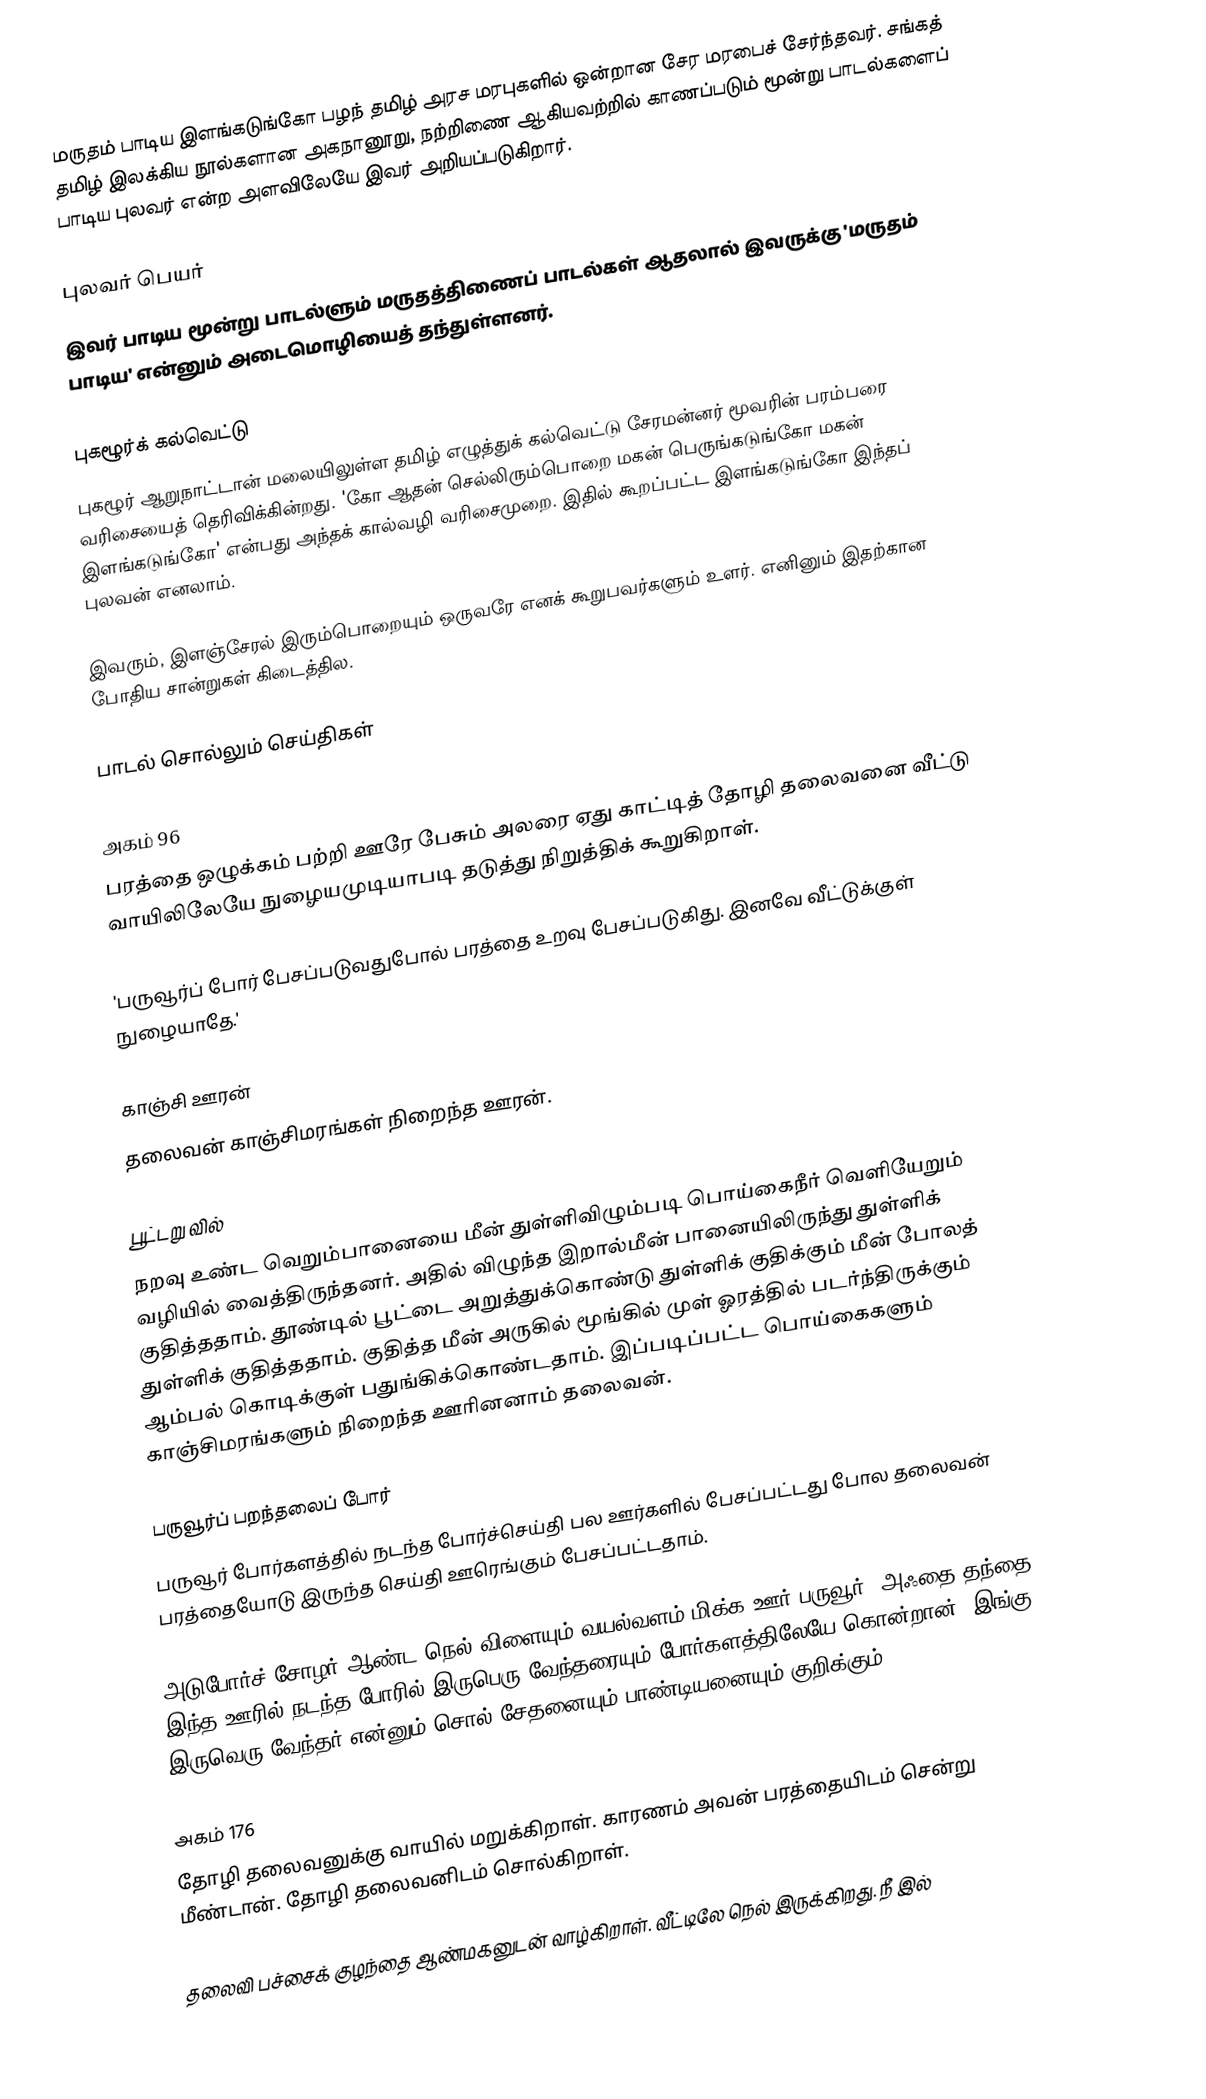
மருதம் பாடிய இளங்கடுங்கோ பழந் தமிழ் அரச மரபுகளில் ஒன்றான சேர மரபைச் சேர்ந்தவர். சங்கத் தமிழ் இலக்கிய நூல்களான அகநானூறு, நற்றிணை ஆகியவற்றில் காணப்படும் மூன்று பாடல்களைப் பாடிய புலவர் என்ற அளவிலேயே இவர் அறியப்படுகிறார்.

புலவர் பெயர்
இவர் பாடிய மூன்று பாடல்ளும் மருதத்திணைப் பாடல்கள் ஆதலால் இவருக்கு 'மருதம் பாடிய' என்னும் அடைமொழியைத் தந்துள்ளனர்.

புகழூர்க் கல்வெட்டு
புகழூர் ஆறுநாட்டான் மலையிலுள்ள தமிழ் எழுத்துக் கல்வெட்டு சேரமன்னர் மூவரின் பரம்பரை வரிசையைத் தெரிவிக்கின்றது. 'கோ ஆதன் செல்லிரும்பொறை மகன் பெருங்கடுங்கோ மகன் இளங்கடுங்கோ' என்பது அந்தக் கால்வழி வரிசைமுறை. இதில் கூறப்பட்ட இளங்கடுங்கோ இந்தப் புலவன் எனலாம்.

இவரும், இளஞ்சேரல் இரும்பொறையும் ஒருவரே எனக் கூறுபவர்களும் உளர். எனினும் இதற்கான போதிய சான்றுகள் கிடைத்தில.

பாடல் சொல்லும் செய்திகள்

அகம் 96
பரத்தை ஒழுக்கம் பற்றி ஊரே பேசும் அலரை ஏது காட்டித் தோழி தலைவனை வீட்டு வாயிலிலேயே நுழையமுடியாபடி தடுத்து நிறுத்திக் கூறுகிறாள்.

'பருவூர்ப் போர் பேசப்படுவதுபோல் பரத்தை உறவு பேசப்படுகிது. இனவே வீட்டுக்குள் நுழையாதே.'

காஞ்சி ஊரன்
தலைவன் காஞ்சிமரங்கள் நிறைந்த ஊரன்.

பூட்டறு வில்
நறவு உண்ட வெறும்பானையை மீன் துள்ளிவிழும்படி பொய்கைநீர் வெளியேறும் வழியில் வைத்திருந்தனர். அதில் விழுந்த இறால்மீன் பானையிலிருந்து துள்ளிக் குதித்ததாம். தூண்டில் பூட்டை அறுத்துக்கொண்டு துள்ளிக் குதிக்கும் மீன் போலத் துள்ளிக் குதித்ததாம். குதித்த மீன் அருகில் மூங்கில் முள் ஓரத்தில் படர்ந்திருக்கும் ஆம்பல் கொடிக்குள் பதுங்கிக்கொண்டதாம். இப்படிப்பட்ட பொய்கைகளும் காஞ்சிமரங்களும் நிறைந்த ஊரினனாம் தலைவன்.

பருவூர்ப் பறந்தலைப் போர்
பருவூர் போர்களத்தில் நடந்த போர்ச்செய்தி பல ஊர்களில் பேசப்பட்டது போல தலைவன் பரத்தையோடு இருந்த செய்தி ஊரெங்கும் பேசப்பட்டதாம்.

அடுபோர்ச் சோழர் ஆண்ட நெல் விளையும் வயல்வளம் மிக்க ஊர் பருவூர். அஃதை தந்தை இந்த ஊரில் நடந்த போரில் இருபெரு வேந்தரையும் போர்களத்திலேயே கொன்றான். இங்கு இருவெரு வேந்தர் என்னும் சொல் சேதனையும் பாண்டியனையும் குறிக்கும்.

அகம் 176
தோழி தலைவனுக்கு வாயில் மறுக்கிறாள். காரணம் அவன் பரத்தையிடம் சென்று மீண்டான். தோழி தலைவனிடம் சொல்கிறாள்.

தலைவி பச்சைக் குழந்தை ஆண்மகனுடன் வாழ்கிறாள். வீட்டிலே நெல் இருக்கிறது. நீ இல்